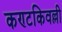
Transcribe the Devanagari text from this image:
कण्टकिवल्ली